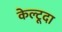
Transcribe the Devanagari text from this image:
केल्टूदा